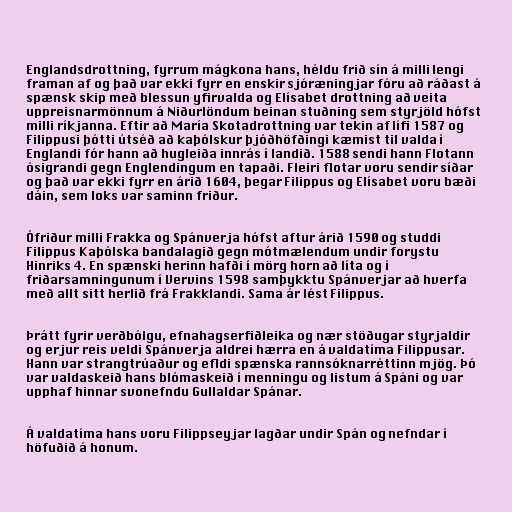
Englandsdrottning, fyrrum mágkona hans, héldu frið sín á milli lengi
framan af og það var ekki fyrr en enskir sjóræningjar fóru að ráðast á
spænsk skip með blessun yfirvalda og Elísabet drottning að veita
uppreisnarmönnum á Niðurlöndum beinan stuðning sem styrjöld hófst
milli ríkjanna. Eftir að María Skotadrottning var tekin af lífi 1587 og
Filippusi þótti útséð að kaþólskur þjóðhöfðingi kæmist til valda í
Englandi fór hann að hugleiða innrás í landið. 1588 sendi hann Flotann
ósigrandi gegn Englendingum en tapaði. Fleiri flotar voru sendir síðar
og það var ekki fyrr en árið 1604, þegar Filippus og Elísabet voru bæði
dáin, sem loks var saminn friður.

Ófriður milli Frakka og Spánverja hófst aftur árið 1590 og studdi
Filippus Kaþólska bandalagið gegn mótmælendum undir forystu
Hinriks 4. En spænski herinn hafði í mörg horn að líta og í
friðarsamningunum í Vervins 1598 samþykktu Spánverjar að hverfa
með allt sitt herlið frá Frakklandi. Sama ár lést Filippus.

Þrátt fyrir verðbólgu, efnahagserfiðleika og nær stöðugar styrjaldir
og erjur reis veldi Spánverja aldrei hærra en á valdatíma Filippusar.
Hann var strangtrúaður og efldi spænska rannsóknarréttinn mjög. Þó
var valdaskeið hans blómaskeið í menningu og listum á Spáni og var
upphaf hinnar svonefndu Gullaldar Spánar.

Á valdatíma hans voru Filippseyjar lagðar undir Spán og nefndar í
höfuðið á honum.